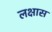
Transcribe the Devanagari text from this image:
लक्षास